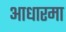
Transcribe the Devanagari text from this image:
आधारमा